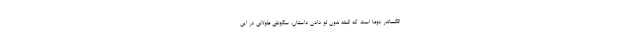
الکساندر دوما است که البته بدون لو دادن داستان، سکونتی طولانی در این